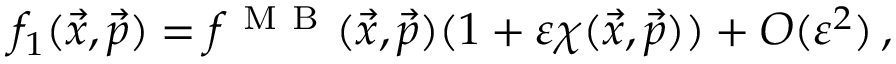
\begin{array} { r } { f _ { 1 } ( \vec { x } , \vec { p } ) = f ^ { \mathrm { ~ M ~ B ~ } } ( \vec { x } , \vec { p } ) ( 1 + \varepsilon \chi ( \vec { x } , \vec { p } ) ) + O ( \varepsilon ^ { 2 } ) \, , } \end{array}